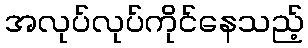
အလုပ်လုပ်ကိုင်နေသည့်